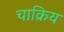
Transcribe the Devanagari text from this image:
चाक्रिय